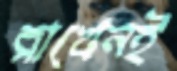
রাখেনই